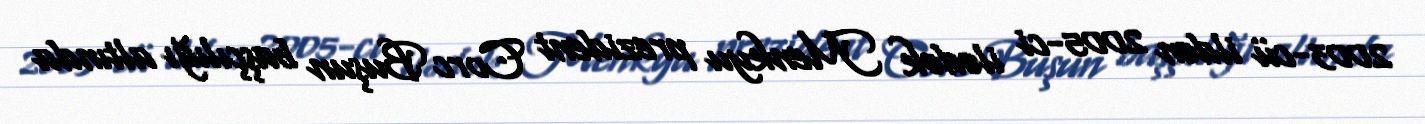
2003-cü ildən 2005-ci ilədək Menkyu prezident Corc Buşun başçılığı altında